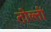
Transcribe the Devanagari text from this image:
तोल्ती